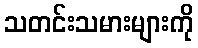
သတင်းသမားများကို